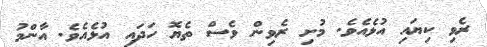
ރެވި ކިޔައި އުޅެއެވެ. މުށި ރެވިން ވެސް ތެޔޮ ހަދައި އުޅެއެވެ. އާންމު